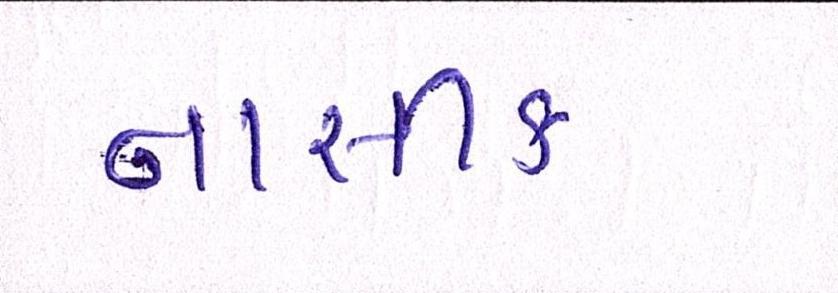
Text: નાસીક